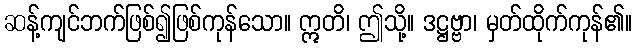
ဆန့်ကျင်ဘက်ဖြစ်၍ဖြစ်ကုန်သော။ ဣတိ၊ ဤသို့။ ဒဋ္ဌဗ္ဗာ၊ မှတ်ထိုက်ကုန်၏။